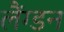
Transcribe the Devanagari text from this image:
लैंग्डन